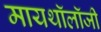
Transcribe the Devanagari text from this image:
मायथॉलॉजी